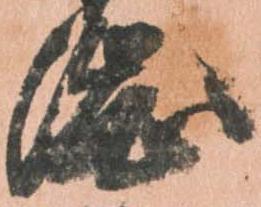
渋